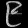
Digit: ၉